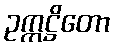
ဥက္ကဋ္ဌိတော